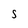
Character: s